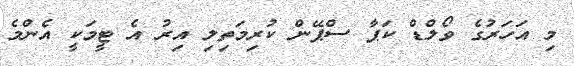
މި އަހަރުގެ ވޯލްޑް ކަޕާ ސްޕޭން ކުރިމަތިލި އިރު އެ ޓީމަކީ އެންމެ